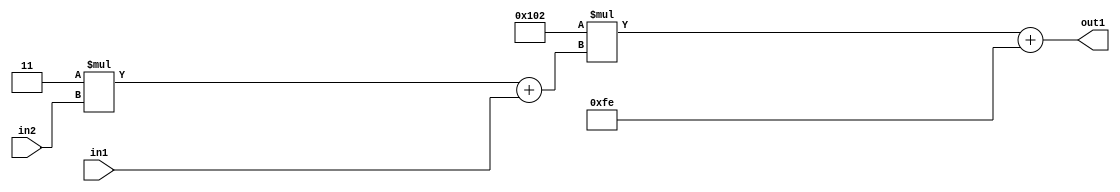
`timescale 1ps / 1ps
/*****************************************************************************
    Verilog RTL Description
    
    
    Created by: Stratus DpOpt 2019.1.01 
*******************************************************************************/

module DC_Filter_Add2i254Mul2i258Add2u1Mul2i3u2_4 (
	in2,
	in1,
	out1
	); /* architecture "behavioural" */ 
input [1:0] in2;
input  in1;
output [11:0] out1;
wire [11:0] asc001;
wire [3:0] asc002;

wire [3:0] asc002_tmp_0;
assign asc002_tmp_0 = 
	+(4'B0011 * in2);
assign asc002 = asc002_tmp_0
	+(in1);

wire [11:0] asc001_tmp_1;
assign asc001_tmp_1 = 
	+(12'B000100000010 * asc002);
assign asc001 = asc001_tmp_1
	+(12'B000011111110);

assign out1 = asc001;
endmodule

/* CADENCE  v7X3SQk= : u9/ySgnWtBlWxVPRXgAZ4Og= ** DO NOT EDIT THIS LINE ******/